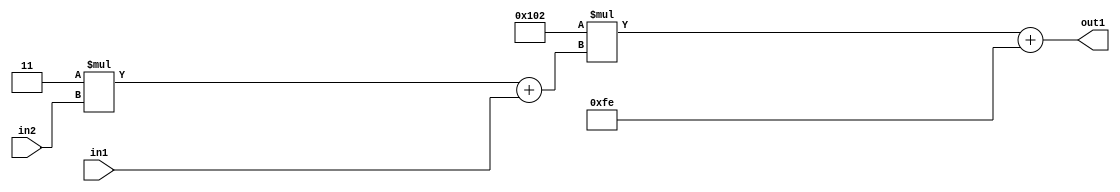
`timescale 1ps / 1ps
/*****************************************************************************
    Verilog RTL Description
    
    
    Created by: Stratus DpOpt 2019.1.01 
*******************************************************************************/

module DC_Filter_Add2i254Mul2i258Add2u1Mul2i3u2_4 (
	in2,
	in1,
	out1
	); /* architecture "behavioural" */ 
input [1:0] in2;
input  in1;
output [11:0] out1;
wire [11:0] asc001;
wire [3:0] asc002;

wire [3:0] asc002_tmp_0;
assign asc002_tmp_0 = 
	+(4'B0011 * in2);
assign asc002 = asc002_tmp_0
	+(in1);

wire [11:0] asc001_tmp_1;
assign asc001_tmp_1 = 
	+(12'B000100000010 * asc002);
assign asc001 = asc001_tmp_1
	+(12'B000011111110);

assign out1 = asc001;
endmodule

/* CADENCE  v7X3SQk= : u9/ySgnWtBlWxVPRXgAZ4Og= ** DO NOT EDIT THIS LINE ******/